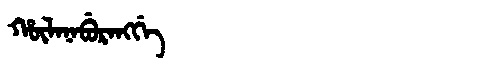
Manchu: ᡥᡡᠯᠠᠨᠠᠪᡠᡵᠠᠩᡤᡝ
Romanization: HŪLANABURANGGE